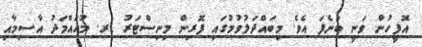
އޮފީހުން ވަނީ ބުނެފަ އެވެ. މިބައްދަލުވުމުގައި ފޮރިން މިނިސްޓަރު ޑރ. މުހައްމަދު އާސިމާއި